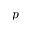
p